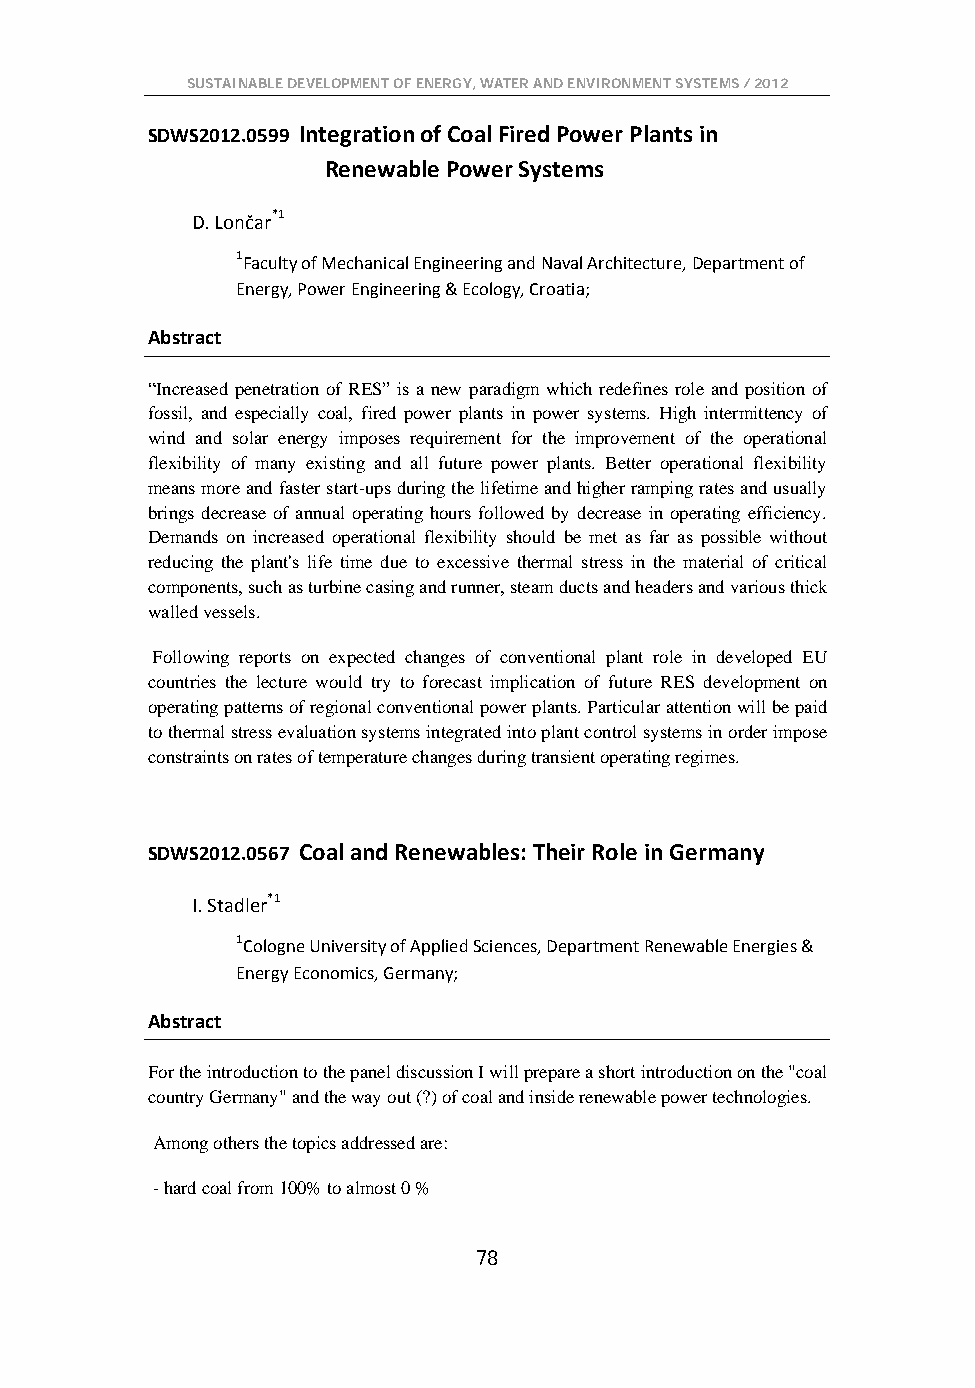
SUSTAINABLE DEVELOPMENT OF ENERGY, WATER AND ENVIRONMENT SYSTEMS / 2012
 SDWS2012.0599 Integration of Coal Fired Power Plants in
 Renewable Power Systems
 D. Lončar*1
 1Faculty of Mechanical Engineering and Naval Architecture, Department of
 Energy, Power Engineering & Ecology, Croatia;
 Abstract
 “Increased penetration of RES” is a new paradigm which redefines role and position of
 fossil, and especially coal, fired power plants in power systems. High intermittency of
 wind and solar energy imposes requirement for the improvement of the operational
 flexibility of many existing and all future power plants. Better operational flexibility
 means more and faster start-ups during the lifetime and higher ramping rates and usually
 brings decrease of annual operating hours followed by decrease in operating efficiency.
 Demands on increased operational flexibility should be met as far as possible without
 reducing the plant's life time due to excessive thermal stress in the material of critical
 components, such as turbine casing and runner, steam ducts and headers and various thick
 walled vessels.
 Following reports on expected changes of conventional plant role in developed EU
 countries the lecture would try to forecast implication of future RES development on
 operating patterns of regional conventional power plants. Particular attention will be paid
 to thermal stress evaluation systems integrated into plant control systems in order impose
 constraints on rates of temperature changes during transient operating regimes.
 SDWS2012.0567 Coal and Renewables: Their Role in Germany
 I. Stadler*1
 1Cologne University of Applied Sciences, Department Renewable Energies &
 Energy Economics, Germany;
 Abstract
 For the introduction to the panel discussion I will prepare a short introduction on the "coal
 country Germany" and the way out (?) of coal and inside renewable power technologies.
 Among others the topics addressed are:
 - hard coal from 100% to almost 0 %
 78